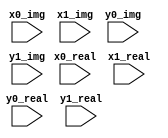
`timescale 1ns / 1ps


module Butterfly(
    
    x0_real,
    x0_img,
    x1_real,
    x1_img,
    y0_real,
    y0_img,
    y1_real,
    y1_img
    
);
    
    parameter WIDTH = 16;
    parameter RH    = 0;   //Round Half Up
    
    input signed [WIDTH-1 : 0] x0_real , x0_img;
    input signed [WIDTH-1 : 0] x1_real , x1_img;
    input signed [WIDTH-1 : 0] y0_real , y0_img;
    input signed [WIDTH-1 : 0] y1_real , y1_img;
    
    wire signed [WIDTH : 0] add_real , add_img;  //Extra bit in case of overflow
    wire signed [WIDTH : 0] diff_real , diff_img;
    
    //X0 = x0 + x1
    //X1 = x0 - x1
    //Add / Difference
    assign add_real  = x0_real + x1_real;
    assign add_img   = x0_img  + x1_img;
    assign diff_real = x0_real - x1_real;
    assign diff_img  = x0_img  - x1_img;
    
    //Right shift operation is done to prevent overflow and to maintain appropriate scaling.
    //The rounding value (RH) is added before the right-shift to ensure correct rounding behavior.
    assign y0_real = (add_real  + RH) >>> 1;
    assign y0_img  = (add_img   + RH) >>> 1;
    assign y1_real = (diff_real + RH) >>> 1;
    assign y1_img  = (diff_img  + RH) >>> 1;
    
endmodule